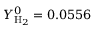
Y _ { \mathrm { H } _ { 2 } } ^ { 0 } = 0 . 0 5 5 6